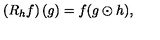
\left( R _ { h } f \right) ( g ) = f ( g \odot h ) ,